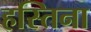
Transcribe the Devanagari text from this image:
हस्तिना